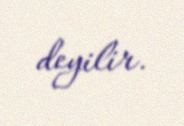
deyilir.